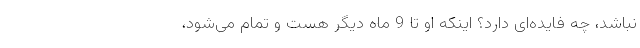
نباشد، چه فایده‌ای دارد؟ اینکه او تا 9 ماه دیگر هست و تمام می‌شود،